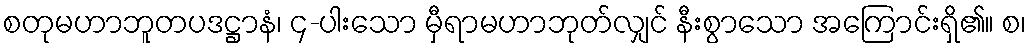
စတုမဟာဘူတပဒဋ္ဌာနံ၊ ၄-ပါးသော မှီရာမဟာဘုတ်လျှင် နီးစွာသော အကြောင်းရှိ၏။ စ၊